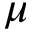
\boldsymbol { \mu }